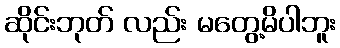
ဆိုင်းဘုတ် လည်း မတွေ့မိပါဘူး